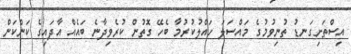
އިސްތަށިގަނޑު ތުނިވުމުގެ މައްސަލަ ހައްލުކުރުމާ ބެހޭ ގޮތުން ކުރެވިދާނެ ބައެއް އާދައިގެ ކަންކަން